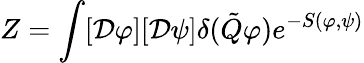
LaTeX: Z=\int[{\cal D}\varphi][{\cal D}\psi]\delta(\tilde{Q}\varphi)e^{-S(\varphi,\psi)}